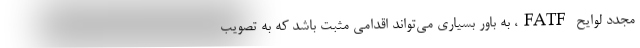
مجدد لوایح FATF، به باور بسیاری می‌تواند اقدامی مثبت باشد که به تصویب